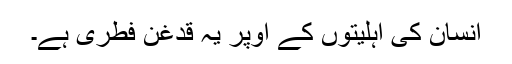
انسان کی اہلیتوں کے اوپر یہ قدغن فطری ہے۔